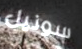
سونيل